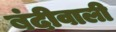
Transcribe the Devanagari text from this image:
बंदीवाली